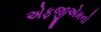
એફજીએમનો